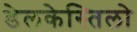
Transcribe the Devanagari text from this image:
डेलकेस्तिलो